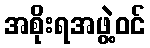
အစိုးရအဖွဲ့ဝင်